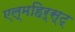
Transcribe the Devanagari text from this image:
एल्महिर्स्ट्